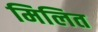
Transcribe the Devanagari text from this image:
मिलित